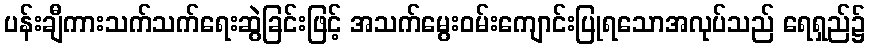
ပန်းချီကားသက်သက်ရေးဆွဲခြင်းဖြင့် အသက်မွေးဝမ်းကျောင်းပြုရသောအလုပ်သည် ရေရှည်၌